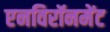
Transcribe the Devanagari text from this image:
एनविरॉनमेंट